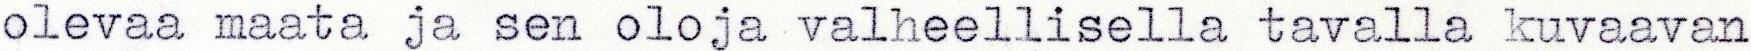
olevaa maata ja sen oloja valheellisella tavalla kuvaavan